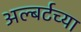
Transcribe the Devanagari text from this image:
अल्बर्टच्या